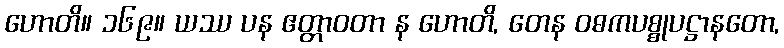
ဟောတိ။ ၁၆၉။ ယဿ ပန ဧတ္တာဝတာ န ဟောတိ, တေန ဝဓကပစ္စုပဋ္ဌာနတော,